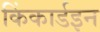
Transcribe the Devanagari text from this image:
किंकार्डइन